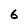
Character: 6